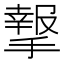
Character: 𢵨